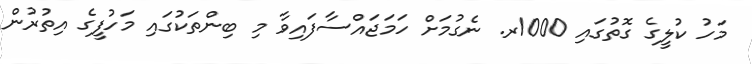
މަހު ކުލީގެ ގޮތުގައި 1000ރ. ނެގުމަށް ހަމަޖައްސާފައިވާ މި ބިންތަކުގައި މަހުފީގެ އިތުރުން